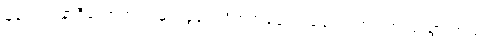
မနက် ၇ နာရီလောက်က မိုင်းခွဲခံရလို့ စက်ခေါင်း ချောင်းထဲပြုတ်ကျသွားတယ်။